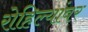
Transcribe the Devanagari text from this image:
रोहिल्यांवर